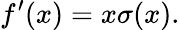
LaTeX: f^{\prime}(x)=x\sigma(x).